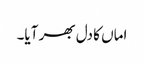
اماں کا دل بھر آیا۔